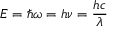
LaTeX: E = \hbar \omega = h \nu = { \frac { h c } { \lambda } }